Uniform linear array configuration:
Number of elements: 64
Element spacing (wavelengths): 0.25
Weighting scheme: binomial
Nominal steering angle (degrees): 60
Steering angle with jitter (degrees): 58.142
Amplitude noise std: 0.05
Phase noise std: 0.05

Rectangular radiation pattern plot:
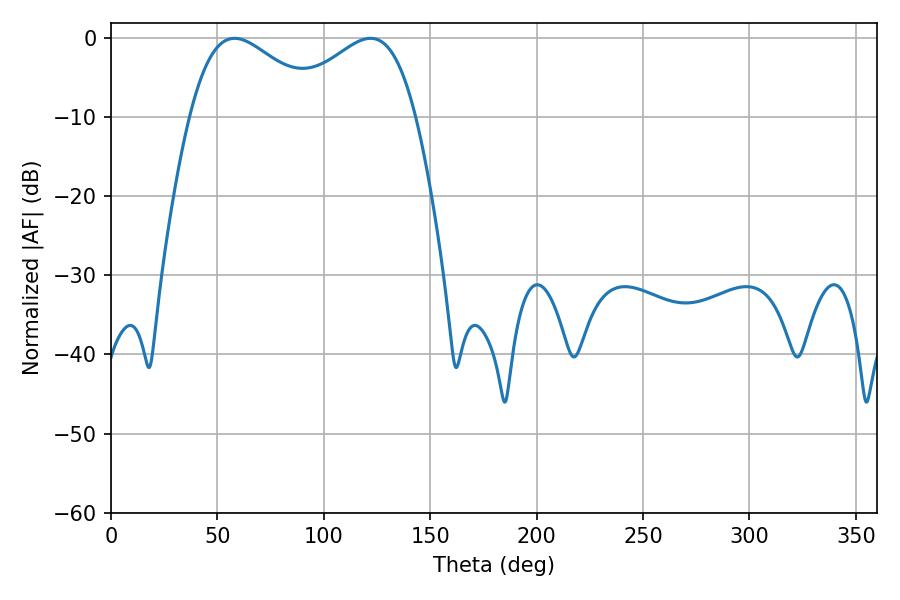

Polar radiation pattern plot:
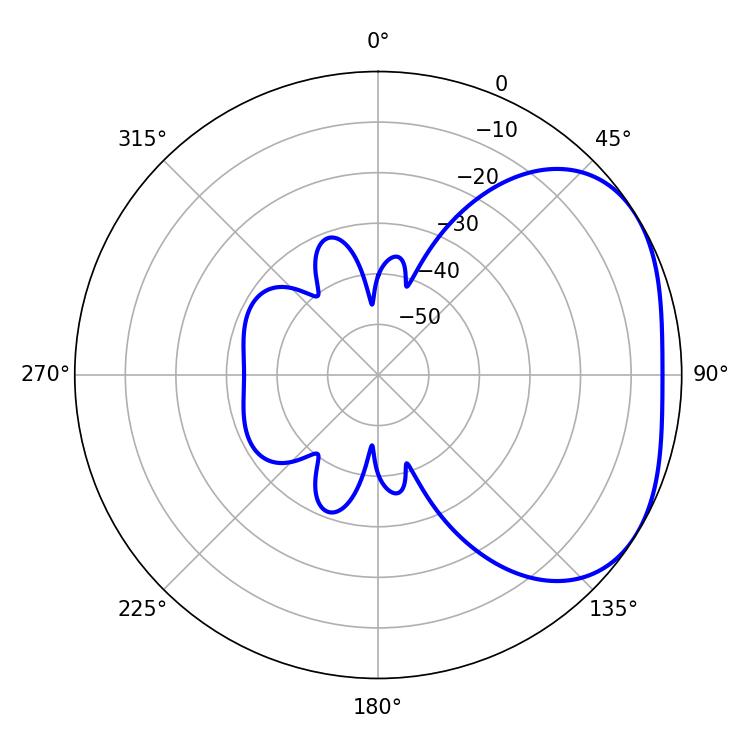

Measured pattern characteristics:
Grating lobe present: FALSE
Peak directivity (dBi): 2.866
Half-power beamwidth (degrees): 33.84
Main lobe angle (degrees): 57.96